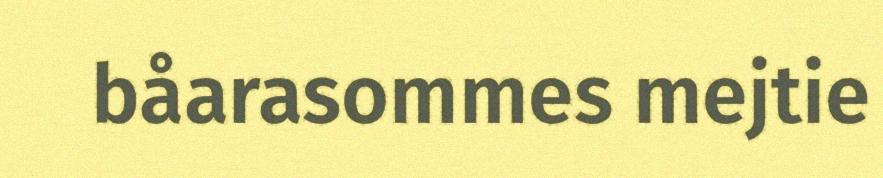
båarasommes mejtie